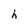
Character: h